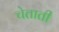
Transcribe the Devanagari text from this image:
चेताती